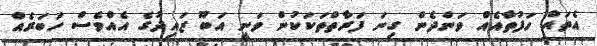
އެތައް ހަފުތާއެއް ވަންދެން ގިނަ ފަރާތްތަކަކުން ވަނީ އަބޫ ޒައިދުގެ އެއްވެސް ހަބަރެއް